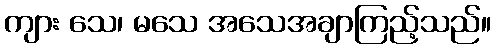
ကျား သေ၊ မသေ အသေအချာကြည့်သည်။